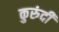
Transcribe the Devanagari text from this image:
कुरुंदी